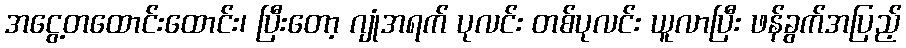
အငွေ့တထောင်းထောင်း၊ ပြီးတော့ ဂျုံအရက် ပုလင်း တစ်ပုလင်း ယူလာပြီး ဖန်ခွက်အပြည့်